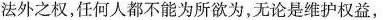
法外之权，任何人都不能为所欲为，无论是维护权益，